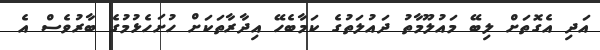
އަދި އެގޮތަށް ލިބޭ މައުލޫމާތު ދައުލަތުގެ ކަމާބެހޭ އިދާރާތަކަށް ހުށަހެޅުމުގެ ބާރުވެސް އެ